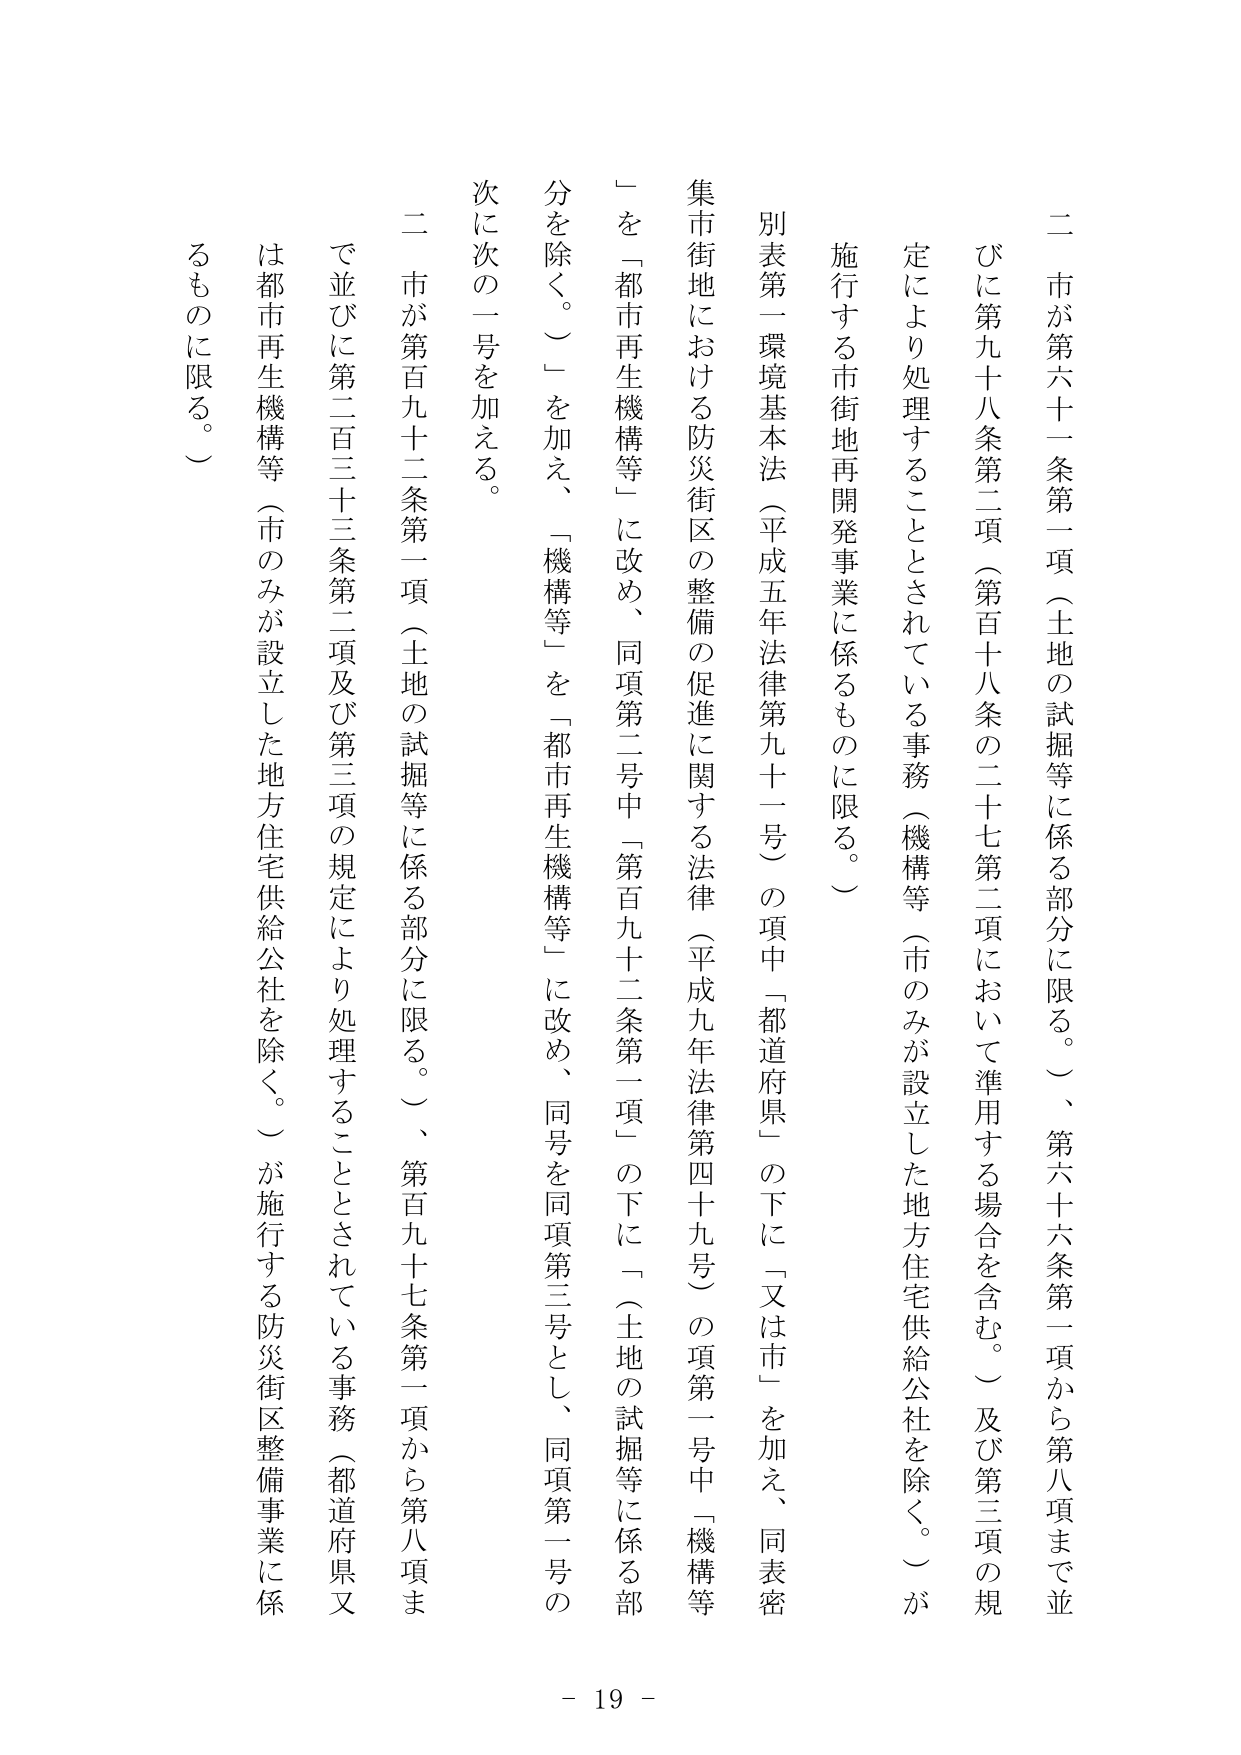
二 市が第六十一条第一項（土地の試掘等に係る部分に限る。）、第六十六条第一項から第八項まで並びに第九十八条第二項（第百十八条の二十七第二項において準用する場合を含む。）及び第三項の規定により処理することとされている事務（機構等（市のみが設立した地方住宅供給公社を除く。）が施行する市街地再開発事業に係るものに限る。）

別表第一環境基本法（平成五年法律第九十一号）の項中「都道府県」の下に「又は市」を加え、同表密集市街地における防災街区の整備の促進に関する法律（平成九年法律第四十九号）の項第一号中「機構等」を「都市再生機構等」に改め、同項第二号中「第百九十二条第一項」の下に「（土地の試掘等に係る部分を除く。）」を加え、「機構等」を「都市再生機構等」に改め、同号を同項第三号とし、同項第一号の次に次の一号を加える。

二 市が第百九十二条第一項（土地の試掘等に係る部分に限る。）、第百九十七条第一項から第八項まで並びに第二百三十三条第二項及び第三項の規定により処理することとされている事務（都道府県又は都市再生機構等（市のみが設立した地方住宅供給公社を除く。）が施行する防災街区整備事業に係るものに限る。）

- 19 -